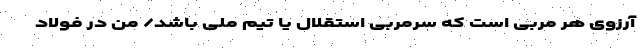
آرزوی هر مربی است که سرمربی استقلال یا تیم ملی باشد/ من در فولاد